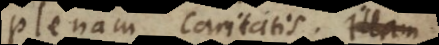
plenam caritatis. Illam